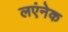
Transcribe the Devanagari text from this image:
लएंनेक